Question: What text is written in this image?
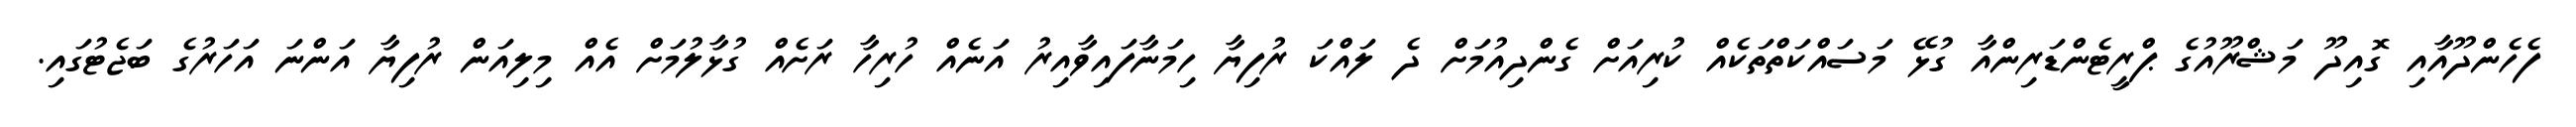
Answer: ފެހެންދޫއާއި ގޮއިދޫ މަޝްރޫއުގެ ޕްރީޓެންޑަރިންއާ ގުޅޭ މަސައްކަތްތަކެއް ކުރިއަށް ގެންދިއުމަށް ދެ ލައްކަ ރުފިޔާ ހިމަނާފައިވާއިރު އަނެއް ހުރިހާ ރަށެއް ގުޅާލުމަށް އެއް މިލިއަން ރުފިޔާ އަންނަ އަހަރުގެ ބަޖެޓުގައި.